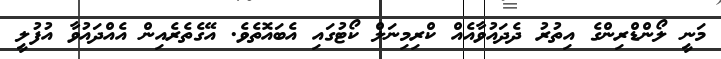
މަނީ ލޯންޑްރިންގެ އިތުރު ދެދައުވާއެއް ކްރިމިނަލް ކޯޓުގައި އެބައޮތެވެ. އޭގެތެރެއިން އެއްދައުވާ އުފުލީ